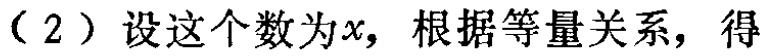
（2）设这个数为\(x\)，根据等量关系，得